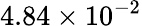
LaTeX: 4.84\times 10^{-2}